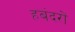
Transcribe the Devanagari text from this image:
हबंदरों